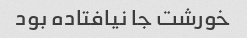
خورشت جا نیافتاده بود